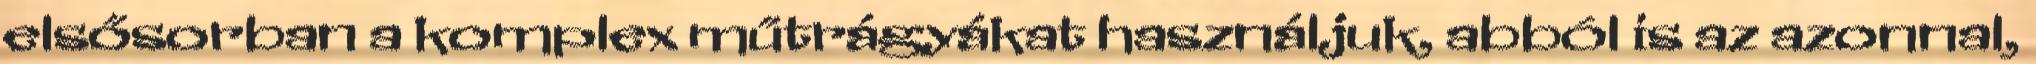
elsősorban a komplex műtrágyákat használjuk, abból is az azonnal,